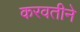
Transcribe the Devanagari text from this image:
करवतीने